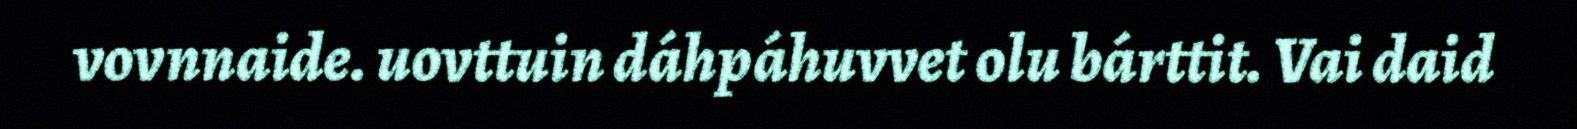
vovnnaide. uovttuin dáhpáhuvvet olu bárttit. Vai daid